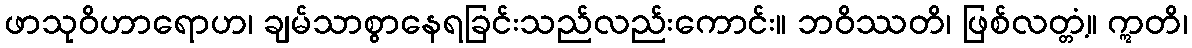
ဖာသုဝိဟာရောဟ၊ ချမ်သာစွာနေရခြင်းသည်လည်းကောင်း။ ဘဝိဿတိ၊ ဖြစ်လတ္တံ့။ ဣတိ၊